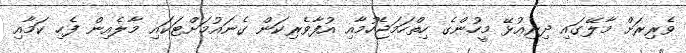
ވެރިރަށް މާލޭގައި ދިރިއުޅޭ މީހުންގެ ހިތްހަމަޖެހުމާއި އުފާވެރިކަން ގެނައުމަށްޓަކައި މާލެއިން ފެހި ކަމާއި